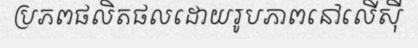
ប្រភពផលិតផលដោយរូបភាពនៅលើស៊ី